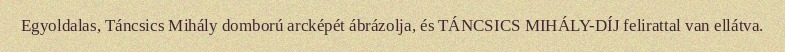
Egyoldalas, Táncsics Mihály domború arcképét ábrázolja, és TÁNCSICS MIHÁLY-DÍJ felirattal van ellátva.